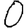
Digit: 0